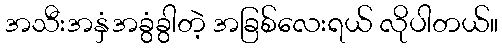
အသီးအနှံအခွံခွါတဲ့ အခြစ်လေးရယ် လိုပါတယ်။